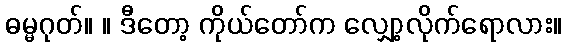
ဓမ္မဂုတ်။ ။ ဒီတော့ ကိုယ်တော်က လျှော့လိုက်ရောလား။